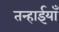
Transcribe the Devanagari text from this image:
तन्हाईयाँ